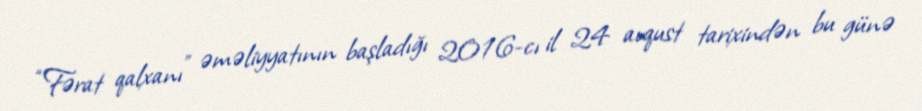
“Fərat qalxanı” əməliyyatının başladığı 2016-cı il 24 avqust tarixindən bu günə